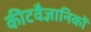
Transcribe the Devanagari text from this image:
कीटवैज्ञानिकों